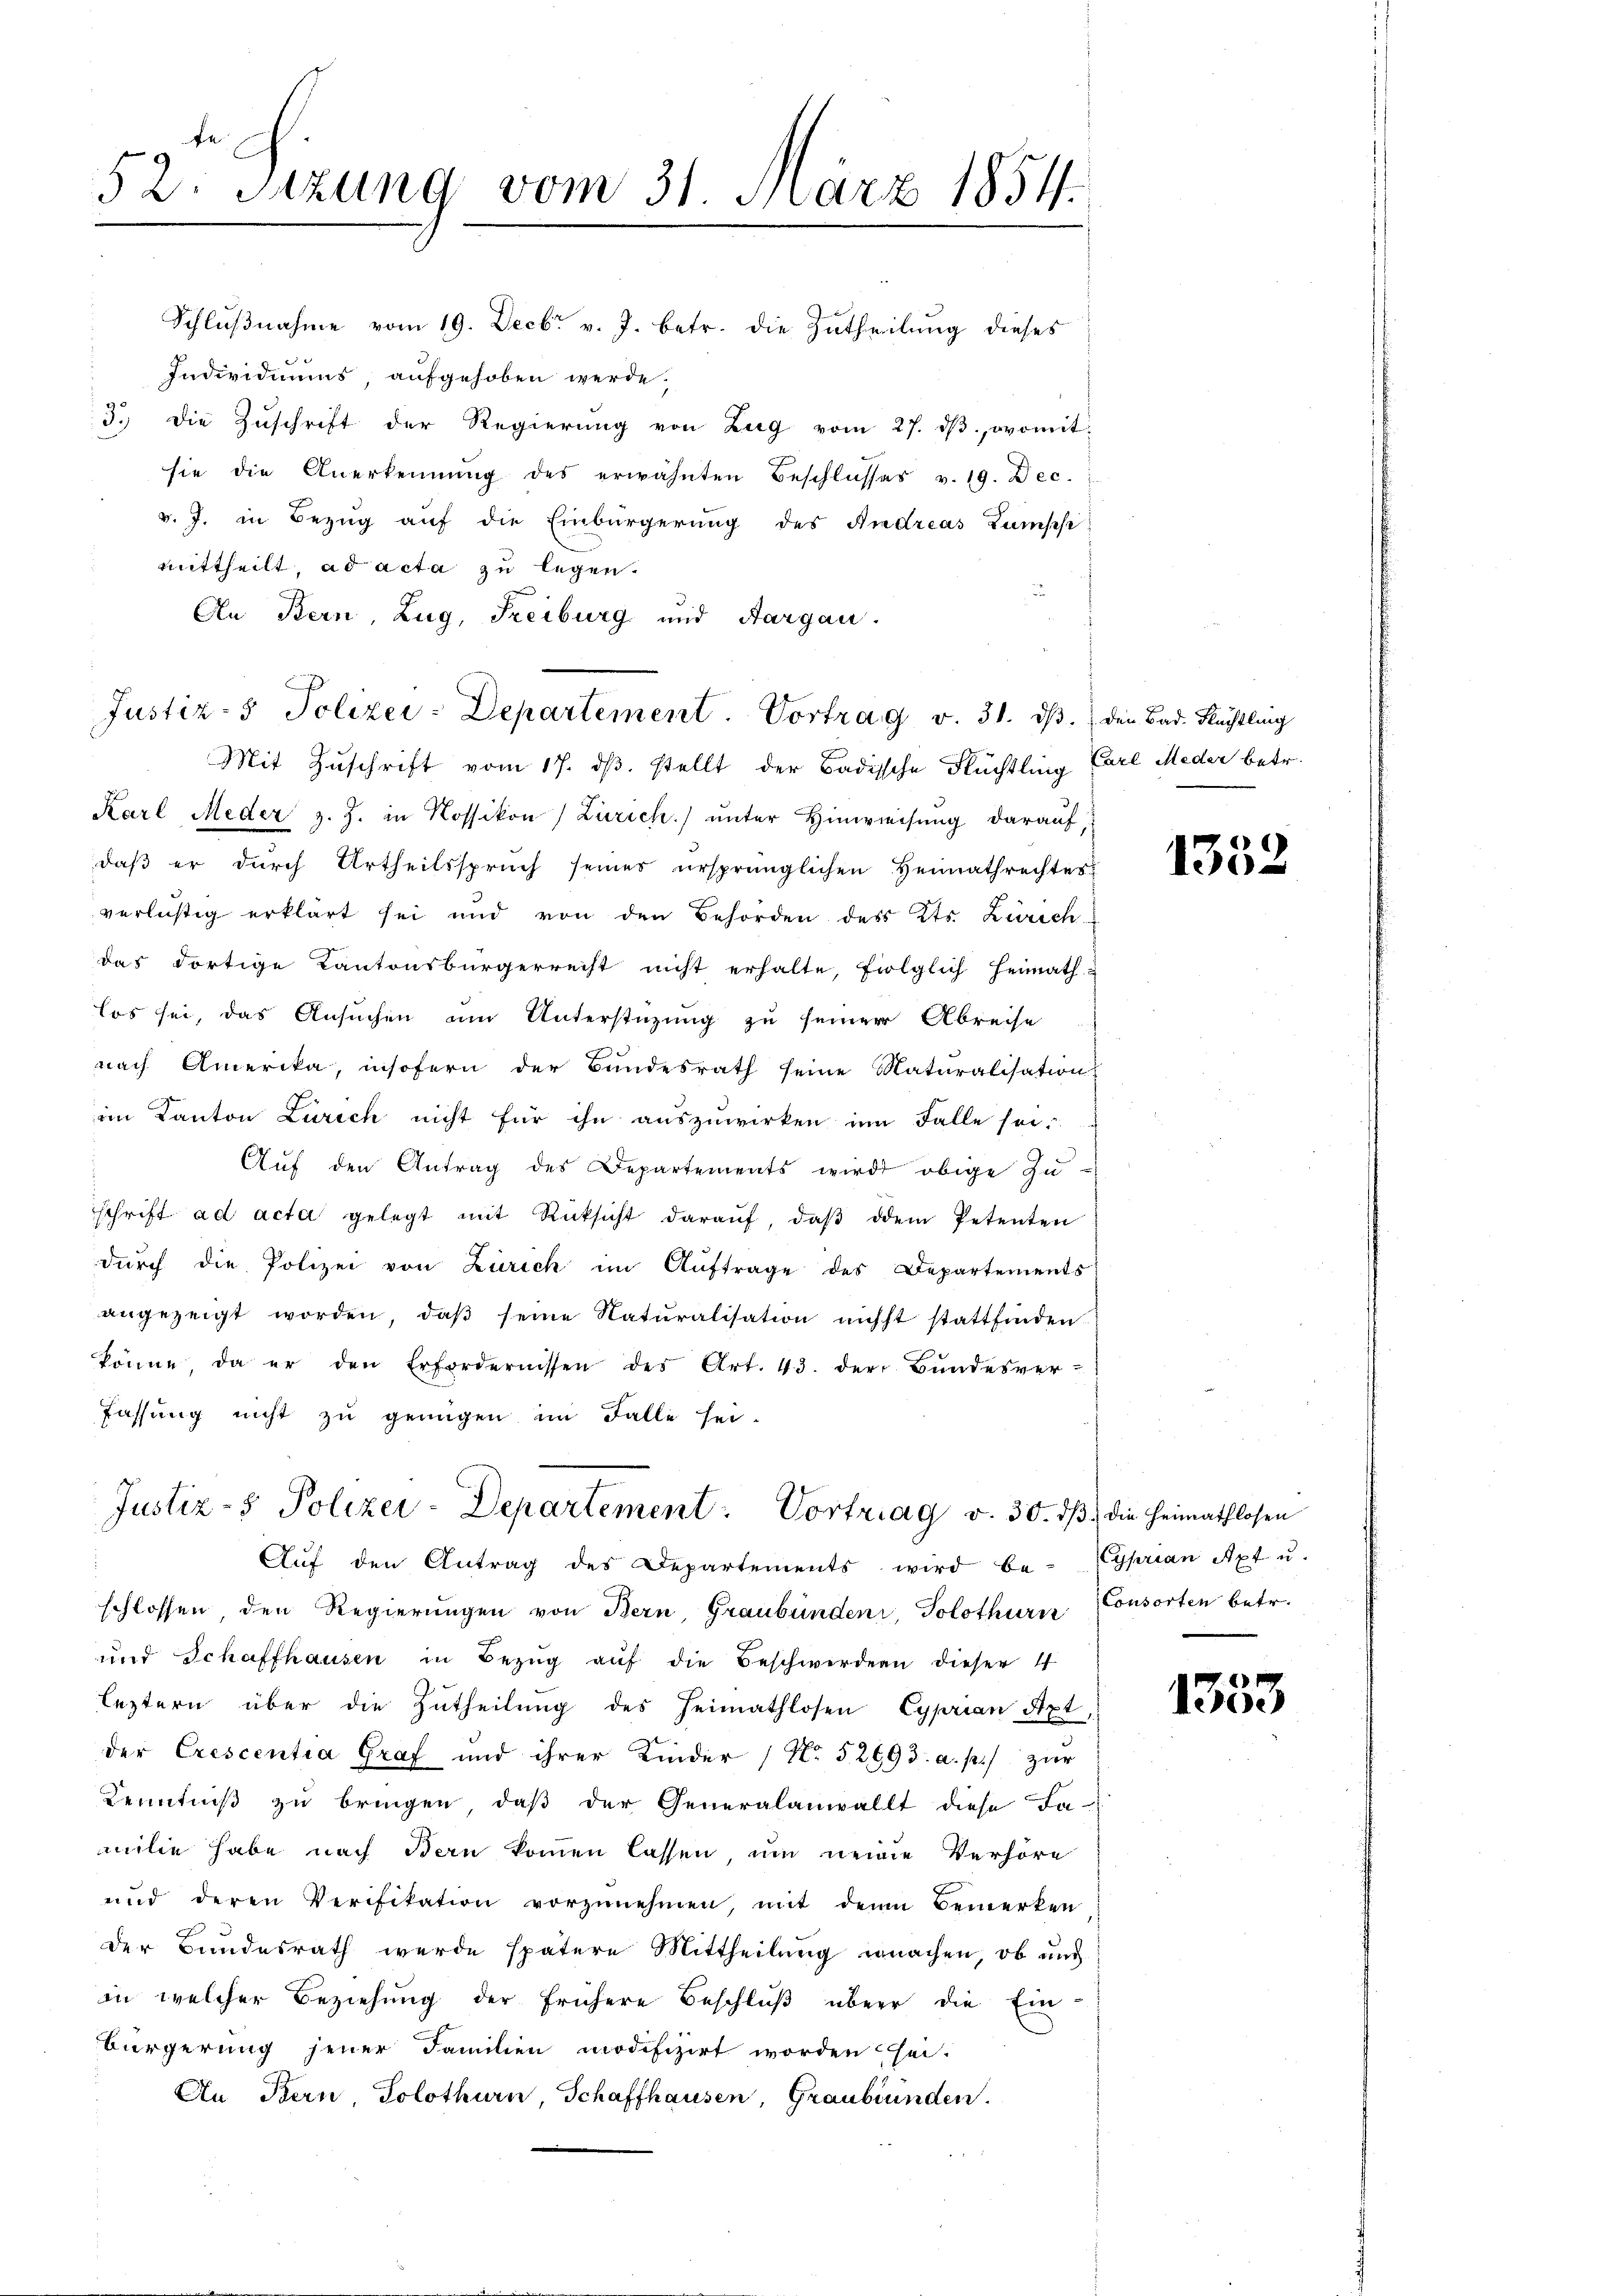
52 Sizung vom 31. März 1854.

Schlußnahme vom 19. Decbr v. J. betr. die Zutheilung dieses
Individiums aufgehoben werde,
3.) Die Zŭschrift der Regierŭng von Zug vom 27. dβ. womit
sie die Anerkennung des erwähnten Beschlŭsses v. 19. Dec.
v. J. in Bezug auf die Einbürgerung des Andreas Tamsche
mittheilt, ad acta zu legen.
An Bern, Zug, Freiburg und Aargau.
Mit Zuschrift vom 17. ds. stellt der Badische Flüchtling Carl Meder betr.
Karl Meder z. Z. in Rossikon (Zürich ŭnter Hinweisŭng darauf,
daß er durch Urtheilsspruch seiner ursprünglichen Heimathrechtes
verlustig erklärt sei und von den Behörden des Kts. Zürich-
das dortige Kantonsbürgerrecht nicht erhalte, folglich Heimath-
los sei, das Ansuchen um Unterstüzung zu seiner Abreise
nach Amerika, insofern der Bundesrath seine Naturalisation
in Kanton Zürich nicht für ihn auszuwirken im Falle sei.
Aŭf den Antrag des Departements wird obige Zu-
schrift ad acta gelegt mit Rücksicht daraŭf, daβ dem Petenten
dŭrch die Polizei von Zürich im Auftrage des Departements
angezeigt worden, daβ seine Naturalisation nicht stattfinden.
könne, da er den Erfordernissen des Art. 43. der Bŭndesver-
Fassung nicht zu genügen im Falle sei-
Justiz- & Polizei-Departement. Vortrag v. 30. dβ die Heimathlosen
Aŭf den Antrag des Departements wird be- Cyprian Apt u.
schlossen, den Regierungen von Bern, Graubünden, Solothurn Consorten betr.
und Schaffhausen in Bezŭg aŭf die Beschwerdern dieser 4
leztern über die Zutheilung des Heimathlosen Cyprian Axt,
der Crescentia Graf und ihrer Kinder No. 52693. a. p. zŭr
Kenntniß zu bringen, daβ der Generalanwallt diese Le-
milie habe nach Bern kommen lassen, um neue Verhöre
und deren Verifikation vorzŭnehmen, mit dem Bemerken
der Bundesrath wurde spätere Mittheilung machen, ob und
in welcher Beziehung der frühere Beschluß über die Ein-
Bürgerung jener Familien modifizirt worden sei.
An Bern Solothurn, Schaffhausen, Graubünden.

Justiz- & Polizei-Departement. Vortrag v. 31. ds. den Bad. Rechtling

1352

1353